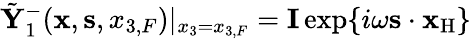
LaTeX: \tilde{\mathbf Y}_{1}^{-}({{\mathbf x}},{{\mathbf s}},{x_{3,F}})|_{x_{3}={x_{3,F}}}={\mathbf I}\exp\{ i\omega{{\mathbf s}}\cdot{{\mathbf x}_{\mathrm{H}}}\}